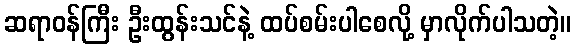
ဆရာဝန်ကြီး ဦးထွန်းသင်နဲ့ ထပ်စမ်းပါစေလို့ မှာလိုက်ပါသတဲ့။